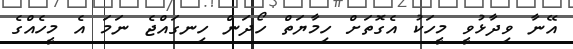
އޭނާ ވިދާޅުވީ މީހަކު އެގޮތަށް ހިމާޔަތް ހޯދަން ހިނގައްޖެ ނަމަ އެ މީހެއްގެ